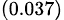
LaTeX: _{(0.037)}